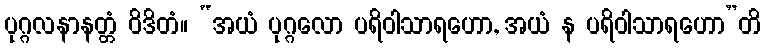
ပုဂ္ဂလနာနတ္တံ ဝိဒိတံ။ “အယံ ပုဂ္ဂလော ပရိဝါသာရဟော, အယံ န ပရိဝါသာရဟော”တိ